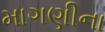
માગણીના